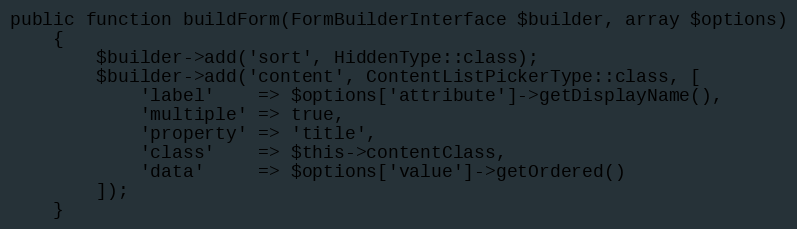
Language: PHP
public function buildForm(FormBuilderInterface $builder, array $options)
    {
        $builder->add('sort', HiddenType::class);
        $builder->add('content', ContentListPickerType::class, [
            'label'    => $options['attribute']->getDisplayName(),
            'multiple' => true,
            'property' => 'title',
            'class'    => $this->contentClass,
            'data'     => $options['value']->getOrdered()
        ]);
    }